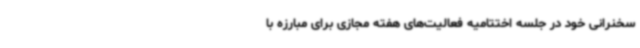
سخنرانی خود در جلسه اختتامیه فعالیت‌های هفته مجازی برای مبارزه با